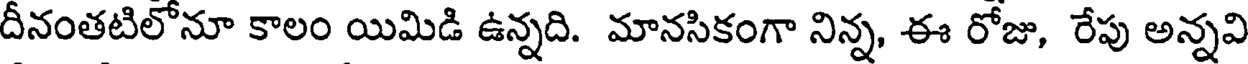
దీనంతటిలోనూ కాలం యిమిడి ఉన్నది. మానసికంగా నిన్న, ఈ రోజు, రేపు అన్నవి